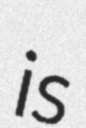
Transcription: is